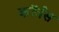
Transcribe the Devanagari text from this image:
कॉर्वस